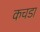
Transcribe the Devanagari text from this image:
कचडा